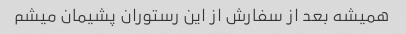
همیشه بعد از سفارش از این رستوران پشیمان میشم